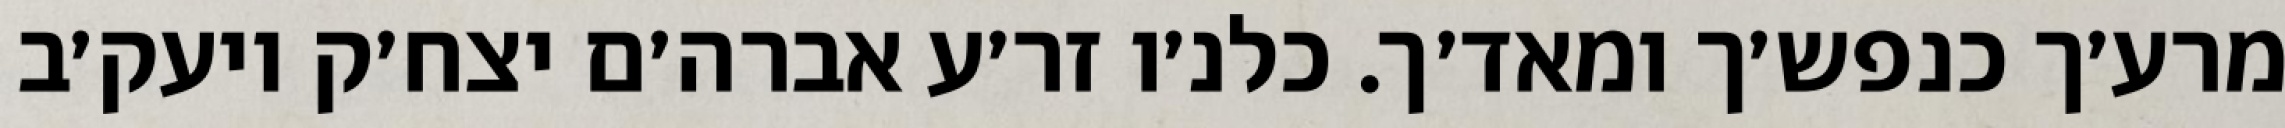
מרע׳ך כנפש׳ך ומאד׳ך. כלנ׳ו זר׳ע אברה׳ם יצח׳ק ויעק׳ב